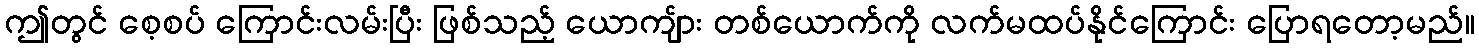
ဤတွင် စေ့စပ် ကြောင်းလမ်းပြီး ဖြစ်သည့် ယောကျ်ား တစ်ယောက်ကို လက်မထပ်နိုင်ကြောင်း ပြောရတော့မည်။